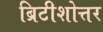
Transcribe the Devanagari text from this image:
ब्रिटीशोत्तर